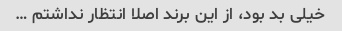
خیلی بد بود، از این برند اصلا انتظار نداشتم …